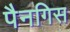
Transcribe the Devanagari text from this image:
पैनगिस